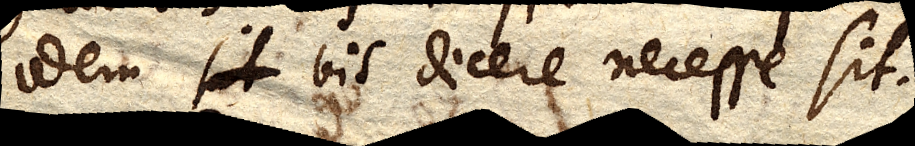
idem bis dicere necesse sit.